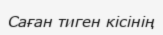
Саған тиген кiсiнiң